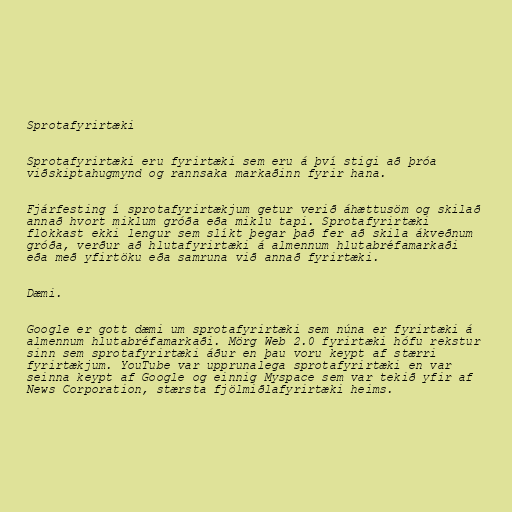
Sprotafyrirtæki

Sprotafyrirtæki eru fyrirtæki sem eru á því stigi að þróa
viðskiptahugmynd og rannsaka markaðinn fyrir hana.

Fjárfesting í sprotafyrirtækjum getur verið áhættusöm og skilað
annað hvort miklum gróða eða miklu tapi. Sprotafyrirtæki
flokkast ekki lengur sem slíkt þegar það fer að skila ákveðnum
gróða, verður að hlutafyrirtæki á almennum hlutabréfamarkaði
eða með yfirtöku eða samruna við annað fyrirtæki.

Dæmi.

Google er gott dæmi um sprotafyrirtæki sem núna er fyrirtæki á
almennum hlutabréfamarkaði. Mörg Web 2.0 fyrirtæki hófu rekstur
sinn sem sprotafyrirtæki áður en þau voru keypt af stærri
fyrirtækjum. YouTube var upprunalega sprotafyrirtæki en var
seinna keypt af Google og einnig Myspace sem var tekið yfir af
News Corporation, stærsta fjölmiðlafyrirtæki heims.